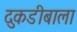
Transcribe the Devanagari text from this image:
दुकडीबाला